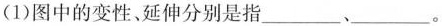
(1)图中的变性、延伸分别是指____、___。